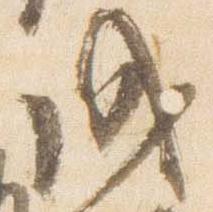
成